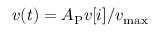
v ( t ) = A _ { \mathrm { P } } v [ i ] / v _ { \mathrm { m a x } }